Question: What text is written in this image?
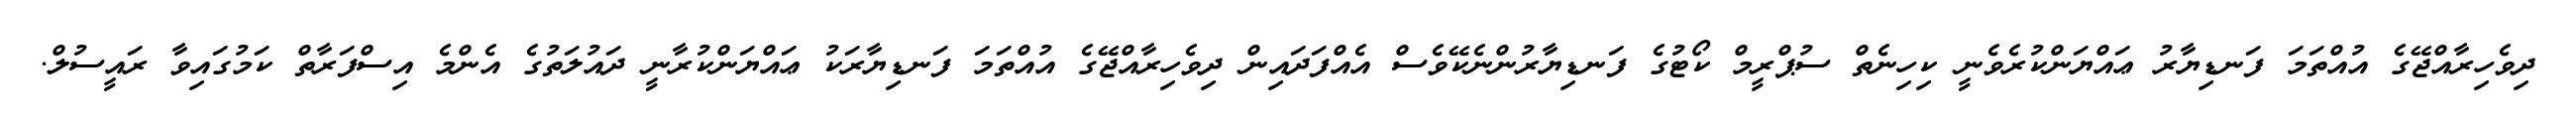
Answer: ދިވެހިރާއްޖޭގެ އުއްތަމަ ފަނޑިޔާރު ޢައްޔަންކުރެވެނީ ކިހިނެތް ސުޕްރީމް ކޯޓުގެ ފަނޑިޔާރުންނެކޭވެސް އެއްފަދައިން ދިވެހިރާއްޖޭގެ އުއްތަމަ ފަނޑިޔާރަކު ޢައްޔަންކުރާނީ ދައުލަތުގެ އެންމެ އިސްފަރާތް ކަމުގައިވާ ރައީސުލް.